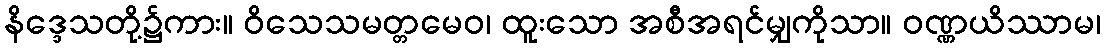
နိဒ္ဒေသတို့၌ကား။ ဝိသေသမတ္တမေဝ၊ ထူးသော အစီအရင်မျှကိုသာ။ ဝဏ္ဏယိဿာမ၊